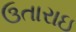
ઉતારાઇ